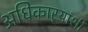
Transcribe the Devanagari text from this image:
अधिकार्‍यांशी